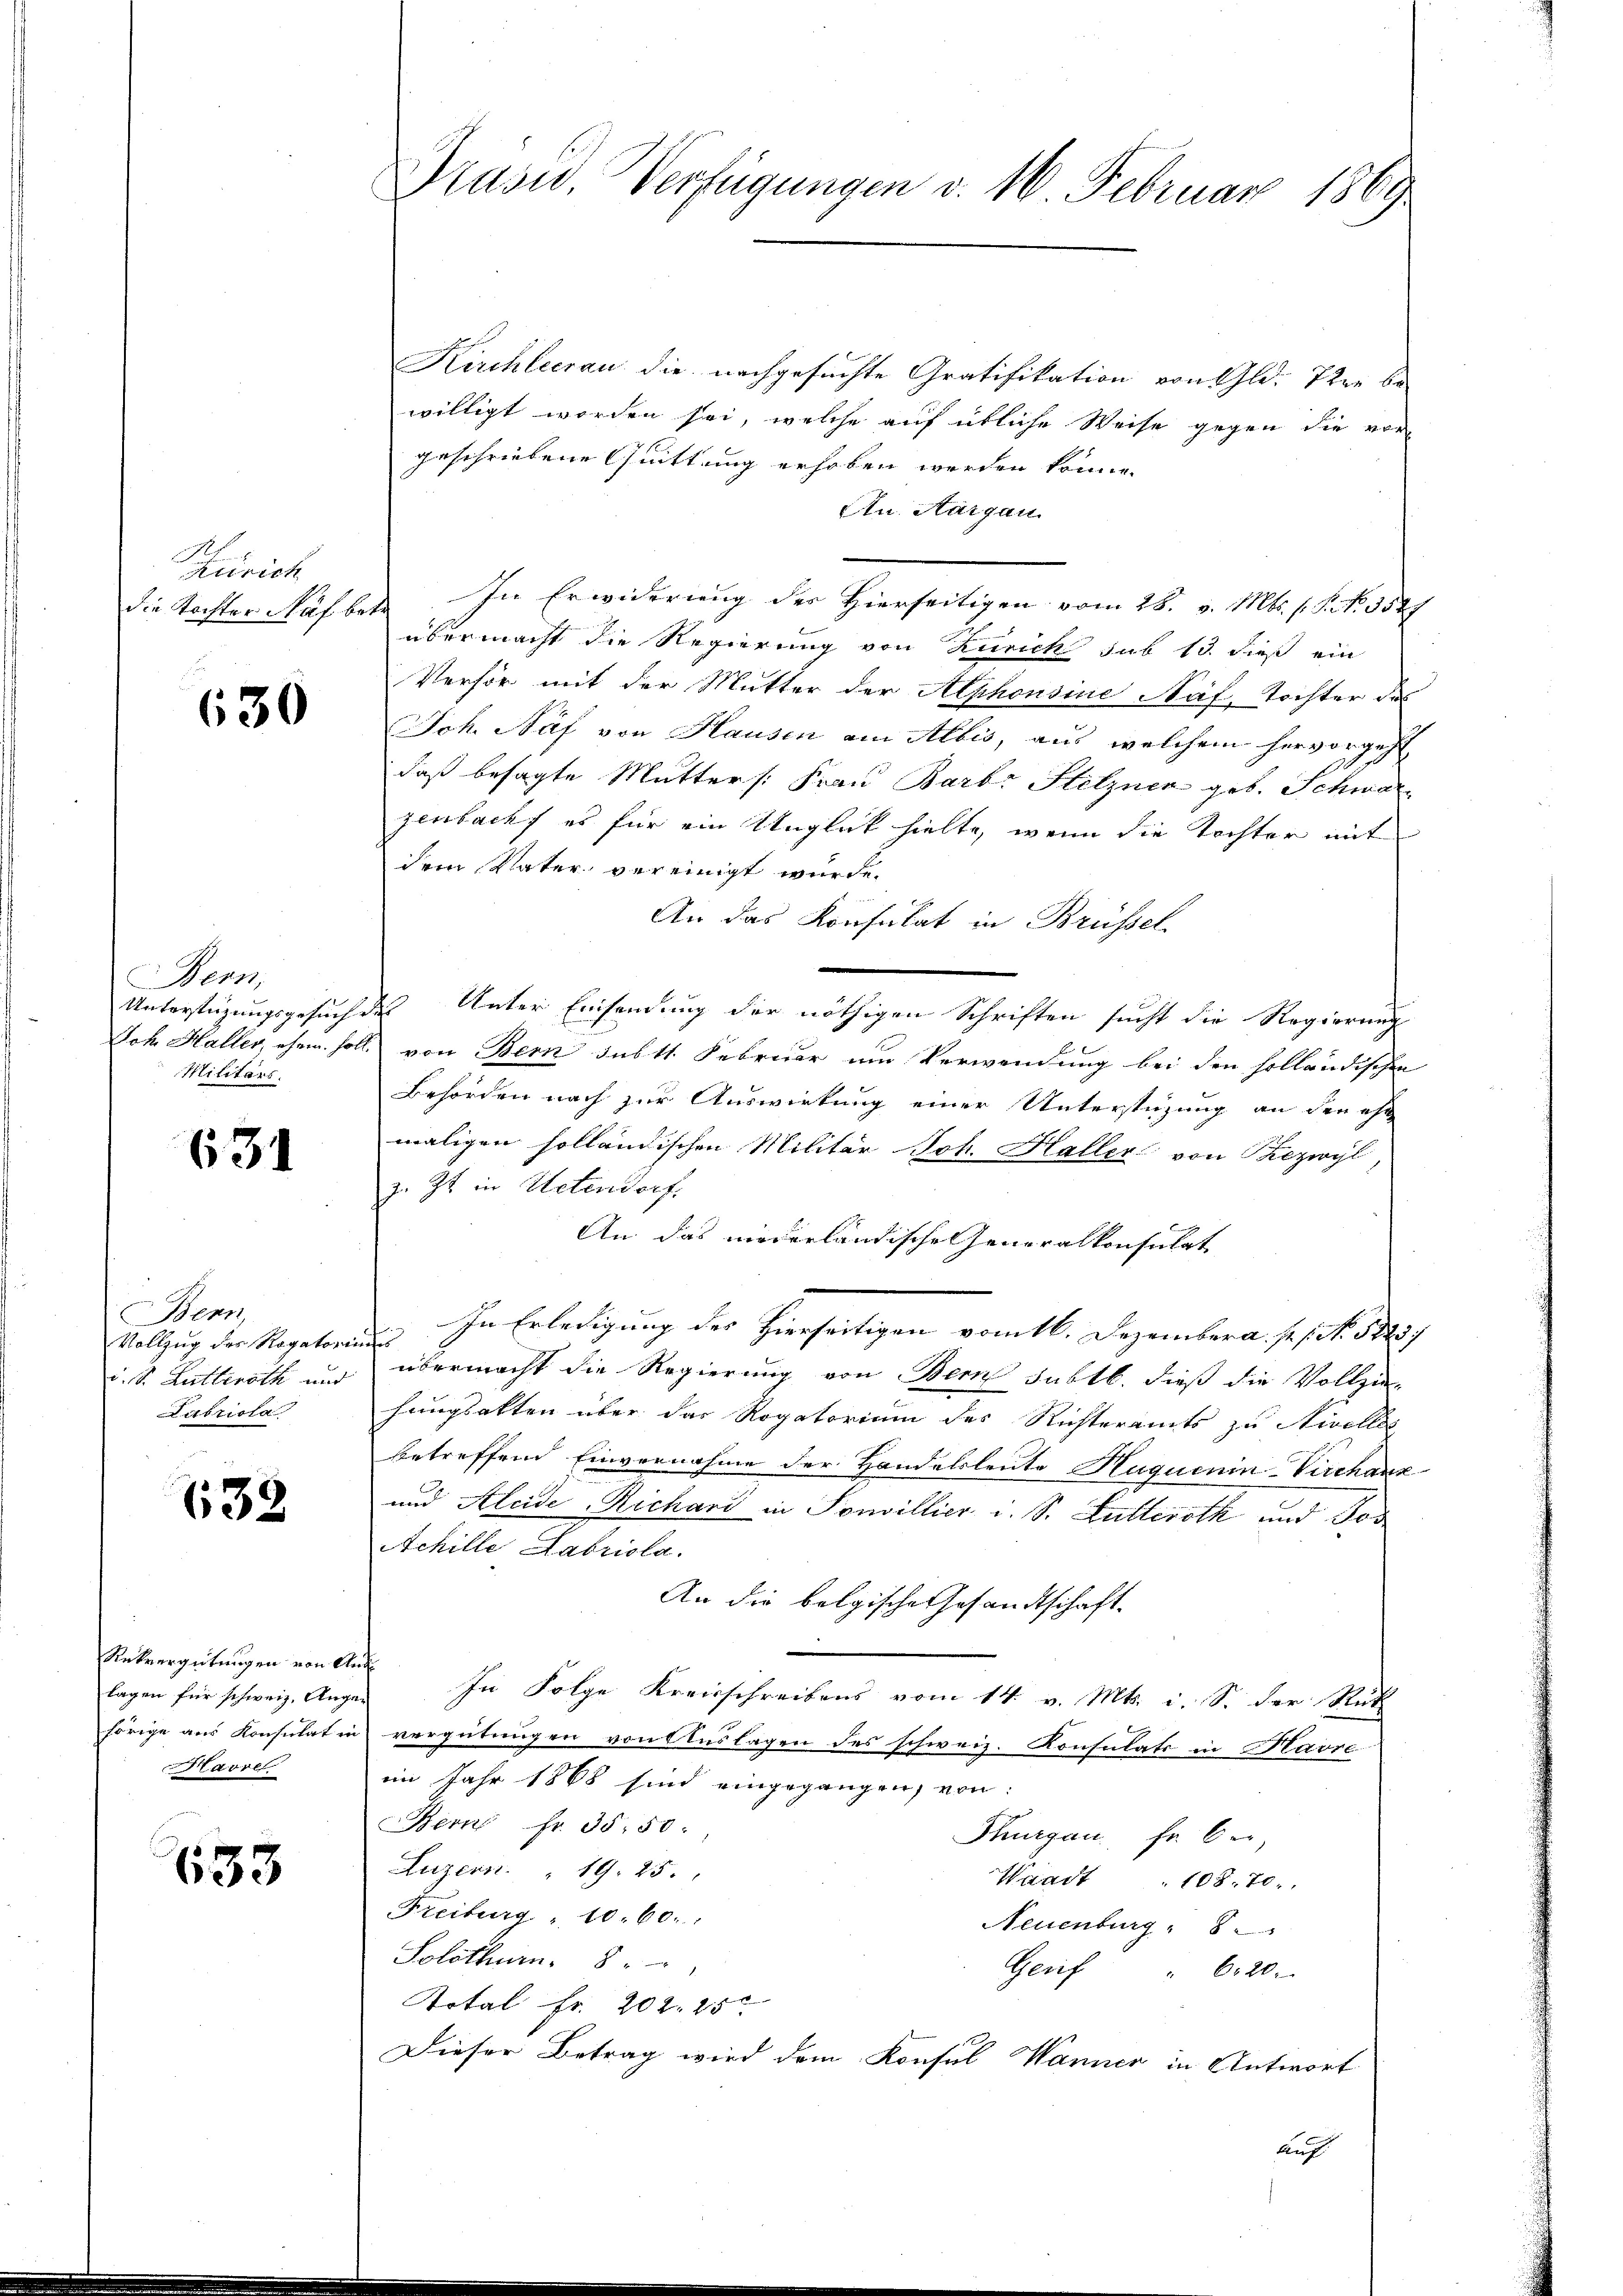
Zürich

630

Bern,
Unterstüzungsgesuche
Joh. Haller, ehem. Hol¬
Militärs.

631

Bern,
Vollzug des Ragatori
d. d. Lutteroth und
Labriota

632.

Rekvergütungen von Am
lagen für schweiz. Angehörige aus Konsulat in
arre

633

Präsid. Verfügungen v. 16. Februar 1869

Kirchleerau die nachgesuchte Gratifikation von Gld. Tier bewilligt worden sei, welche auf übliche Weise gegen die vor
geschriebene Quittung erhoben werden könne.
An Aargau
die Tochter Kälber. In Erwiderung der Hierseitigen vom 28. v. Mts. s. S. Nr. 3547
übermacht die Regierung von Zürich sub 13. dieß ein
Verhör mit der Mutter der Alphonsine Näf, Tochter des
Ich. Näf von Hausen am Albis, aus welchem hervorgeht,
h
daß besagte Mutter /: Frau Barb. Hetzner geb. Schwarzenbacht es für ein Unglück hielte, wenn die Tochter mit
dem Vater vereinigt wurde.
An das Konsulat in Brüssel
ds Unter Einsendung der nöthigen Schriften sucht die Regierung
 von Bern subtt. Februar um Verwendung bei den solländischen
Behörden nach zur Auswirkung einer Unterstüzung an den ehe
maligen solländischen Militär Joh. Haller von Thezwyl,
z. Zt. in Uetendorf.
An das niederländische Generalkonsulat
In Erledigung des Hierseitigen vom 16. Dezember a. p. Nr. 1827
t
übermacht die Regierung von Bern subtb. dieß die Vollzie-
hangsakten über das Rogatorium des Richteramts zu Nivelles
betreffend Einvernahme der Handelsleute Huquenin-Virchanz
und Aleide Richard in Sonvillier u. S. Lulleroth und Jos
Achille Fabriola.
An die bolgische Gesandtschaft
In Folge Kreisschreibens vom 14. v. Mts. i. S. der Rück
vergütungen von Auslagen des schweiz. Konsulats in Havre
im Jahr 1868 sind eingegangen, von
Bern fr. 35,50:
Thurgau, fr ber
Luzern. " 19. 25.
Waadt 108. 70.
Freiburg " 10. 60.
Neuenburg " 8
Solothurn 8 " "
Gerf " 620.
Total Fr. 202. 25
Dieser Betrag wird dem Konsul Wanner in Antwort
Auf